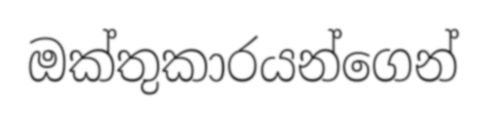
ඔක්තුකාරයන්ගෙන්